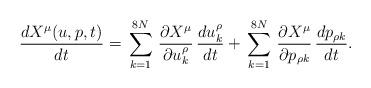
LaTeX: \begin{align*} \frac{d X^\mu(u,p,t)}{d t}=\,\sum^{8N}_{k=1}\,\frac{\partial X^\mu}{\partial u^\rho_k}\,\frac{d u^\rho_k}{d t}+\,\sum^{8N}_{k=1}\,\frac{\partial X^\mu}{\partial p_{\rho k}}\,\frac{d p_{\rho k}}{d t}. \end{align*}